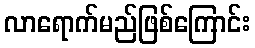
လာရောက်မည်ဖြစ်ကြောင်း